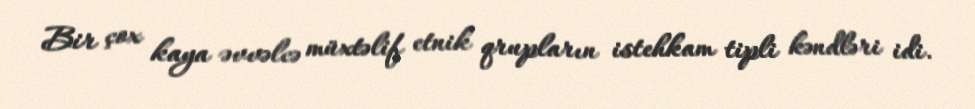
Bir çox kaya əvvəlcə müxtəlif etnik qrupların istehkam tipli kəndləri idi.